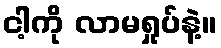
ငါ့ကို လာမရှုပ်နဲ့။